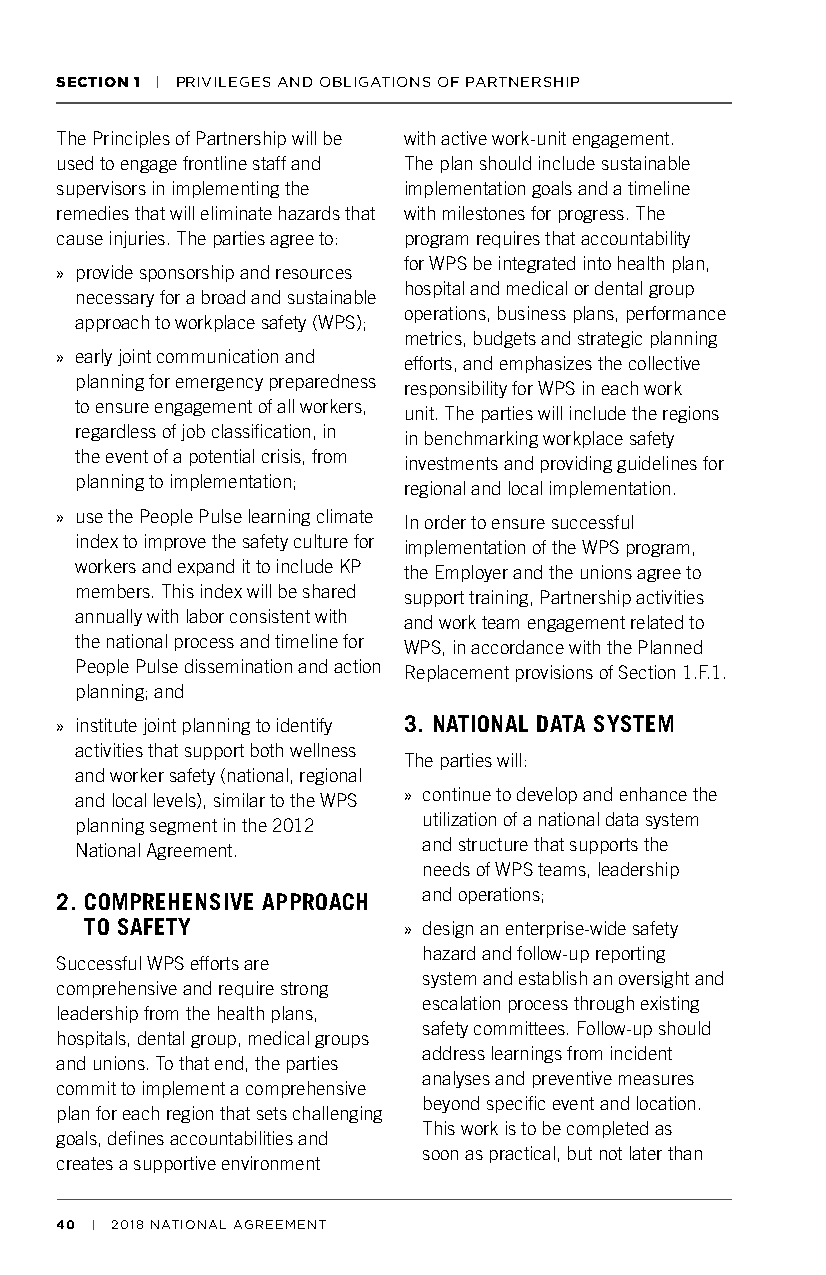
SECTION 1 | PRIVILEGES AND OBLIGATIONS OF PARTNERSHIP
 The Principles of Partnership will be with active work-unit engagement.
 used to engage frontline staff and The plan should include sustainable
 supervisors in implementing the implementation goals and a timeline
 remedies that will eliminate hazards that with milestones for progress. The
 cause injuries. The parties agree to: program requires that accountability
 for WPS be integrated into health plan,
 » provide sponsorship and resources
 hospital and medical or dental group
 necessary for a broad and sustainable
 operations, business plans, performance
 approach to workplace safety (WPS);
 metrics, budgets and strategic planning
 » early joint communication and efforts, and emphasizes the collective
 planning for emergency preparedness responsibility for WPS in each work
 to ensure engagement of all workers, unit. The parties will include the regions
 regardless of job classification, in in benchmarking workplace safety
 the event of a potential crisis, from investments and providing guidelines for
 planning to implementation; regional and local implementation.
 » use the People Pulse learning climate In order to ensure successful
 index to improve the safety culture for implementation of the WPS program,
 workers and expand it to include KP the Employer and the unions agree to
 members. This index will be shared support training, Partnership activities
 annually with labor consistent with and work team engagement related to
 the national process and timeline for WPS, in accordance with the Planned
 People Pulse dissemination and action Replacement provisions of Section 1.F.1.
 planning; and
 » institute joint planning to identify 3. NATIONAL DATA SYSTEM
 activities that support both wellness
 The parties will:
 and worker safety (national, regional
 and local levels), similar to the WPS » continue to develop and enhance the
 planning segment in the 2012 utilization of a national data system
 National Agreement.    and structure that supports the
 needs of WPS teams, leadership
 and operations;
 2. COMPREHENSIVE APPROACH
 TO SAFETY            » design an enterprise-wide safety
 hazard and follow-up reporting
 Successful WPS efforts are
 system and establish an oversight and
 comprehensive and require strong
 escalation process through existing
 leadership from the health plans,
 safety committees. Follow-up should
 hospitals, dental group, medical groups
 address learnings from incident
 and unions. To that end, the parties
 analyses and preventive measures
 commit to implement a comprehensive
 beyond specific event and location.
 plan for each region that sets challenging
 This work is to be completed as
 goals, defines accountabilities and
 soon as practical, but not later than
 creates a supportive environment
 40 | 2018 NATIONAL AGREEMENT